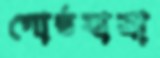
গোষ্ঠযাত্রা